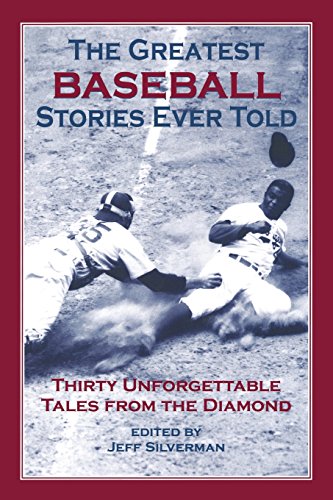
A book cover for The Greatest Baseball Stories Ever Told: Thirty Unforgettable Tales from the Diamond; Sports & Outdoors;